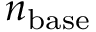
n _ { \mathrm { b a s e } }